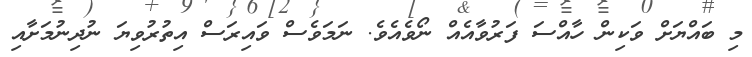
މި ބައްޔަށް ވަކިން ހާއްސަ ފަރުވާއެއް ނޯވެއެވެ. ނަމަވެސް ވައިރަސް އިތުރުވިޔަ ނުދިނުމަށާއި